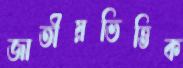
জাতীয়ভিত্তিক